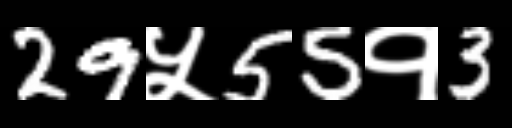
Text: 29५55१3